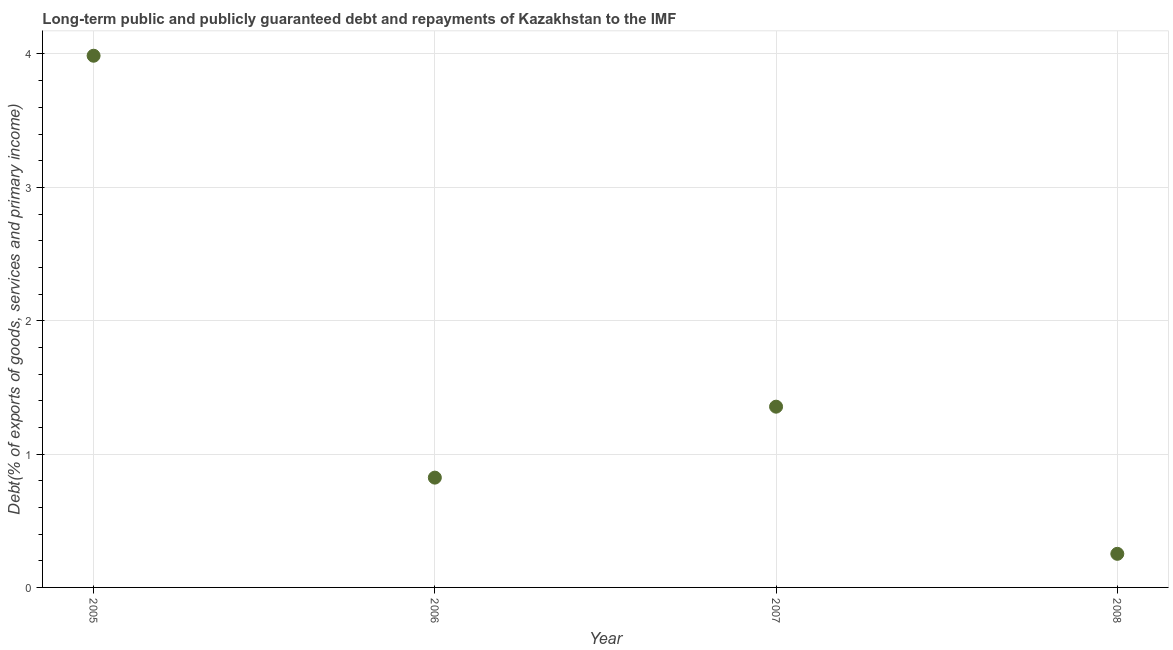
| Year | Debt service (PPG and IMF only) |
 | --- | --- |
 | 2005 | 3.99 |
 | 2006 | 0.823 |
 | 2007 | 1.36 |
 | 2008 | 0.252 |